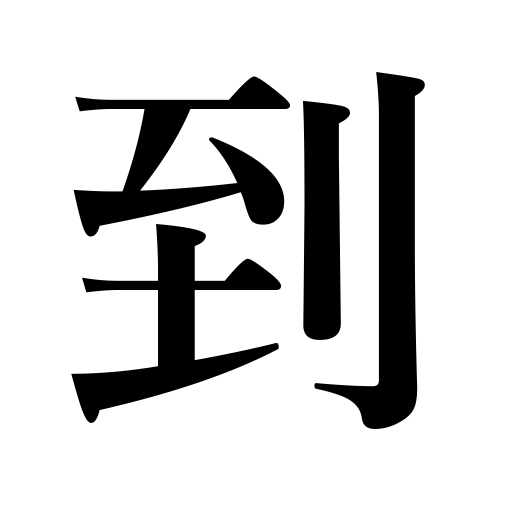
Meanings: come,arrive,result in,attain,lead to,go,reach,proceed